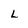
Character: L